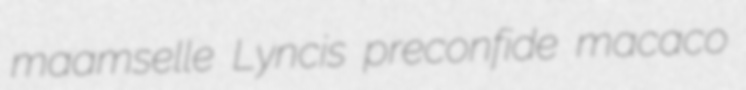
maamselle Lyncis preconfide macaco